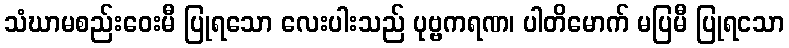
သံဃာမစည်းဝေးမီ ပြုရသော လေးပါးသည် ပုဗ္ဗကရဏ၊ ပါတိမောက် မပြမီ ပြုရငသာ